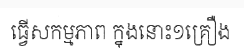
ធ្វើសកម្មភាព ក្នុងនោះ១គ្រឿង